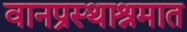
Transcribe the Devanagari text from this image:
वानप्रस्थाश्रमात